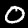
Label: 0